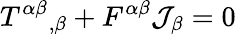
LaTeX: {T^{\alpha\beta}}_{,\beta}+F^{\alpha\beta}\mathcal{J}_{\beta}=0